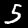
Digit: 5